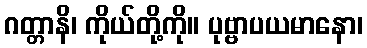
ဂတ္တာနိ၊ ကိုယ်တို့ကို။ ပုဗ္ဗာပယမာနော၊